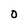
Character: O